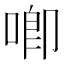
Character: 喞